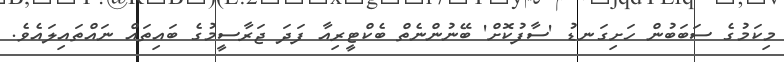
މިކަމުގެ ސަބަބުން ހަށިގަނޑު 'ސާފުކޮށް' ބޭނުންނެތް ބެކްޓީރިއާ ފަދަ ޖަރާސީމުގެ ބައިތައް ނައްތައިލައެވެ.